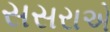
સસરાએ